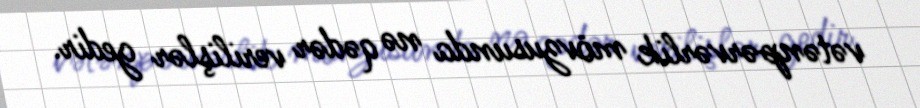
vətənpərvərlik mövzusunda nə qədər verilişlər gedir.